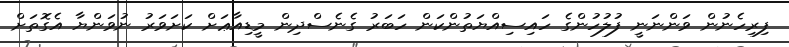
ފިރިހެނުން ވަންނަނީ ފުލުހުންގެ ހައިސިއްޔަތުންކަން ހަބަރު ގެނެސްދިން މީޑިއާޢަށް ކަށަވަރު ނުވަންޔާ އެގޮތަށް